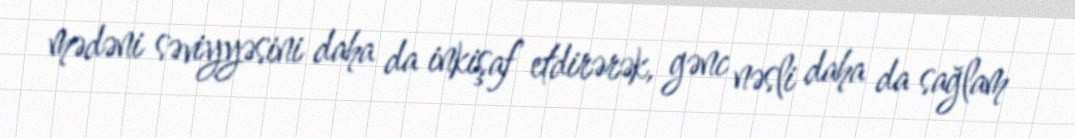
mədəni səviyyəsini daha da inkişaf etdirərək, gənc nəsli daha da sağlam